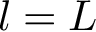
l = L